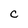
Character: c